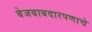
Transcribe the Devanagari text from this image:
बेजबाबदारपणाचे